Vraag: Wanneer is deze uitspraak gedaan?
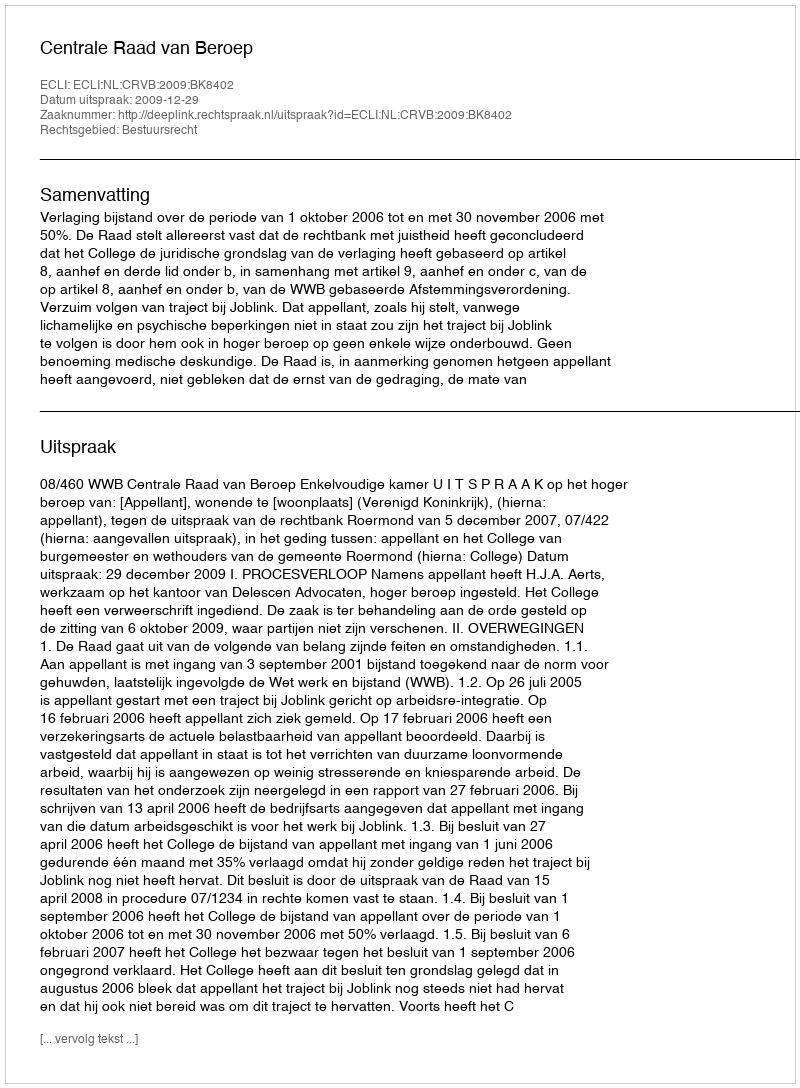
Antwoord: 2009-12-29